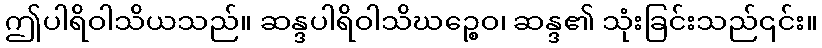
ဤပါရိဝါသိယသည်။ ဆန္ဒပါရိဝါသိဃဉ္စေဝ၊ ဆန္ဒ၏ သုံးခြင်းသည်၎င်း။